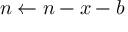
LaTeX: n \leftarrow n - x - b